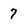
Character: 7